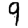
Digit: 9